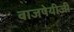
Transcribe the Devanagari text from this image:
वाजपेयीजी